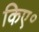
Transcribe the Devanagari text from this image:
किए॰